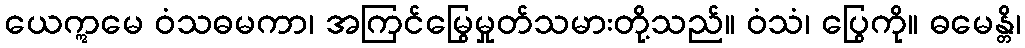
ယေဣမေ ဝံသဓမကာ၊ အကြင်မြွေမှုတ်သမားတို့သည်။ ဝံသံ၊ ပြွေကို။ ဓမေန္တိ၊